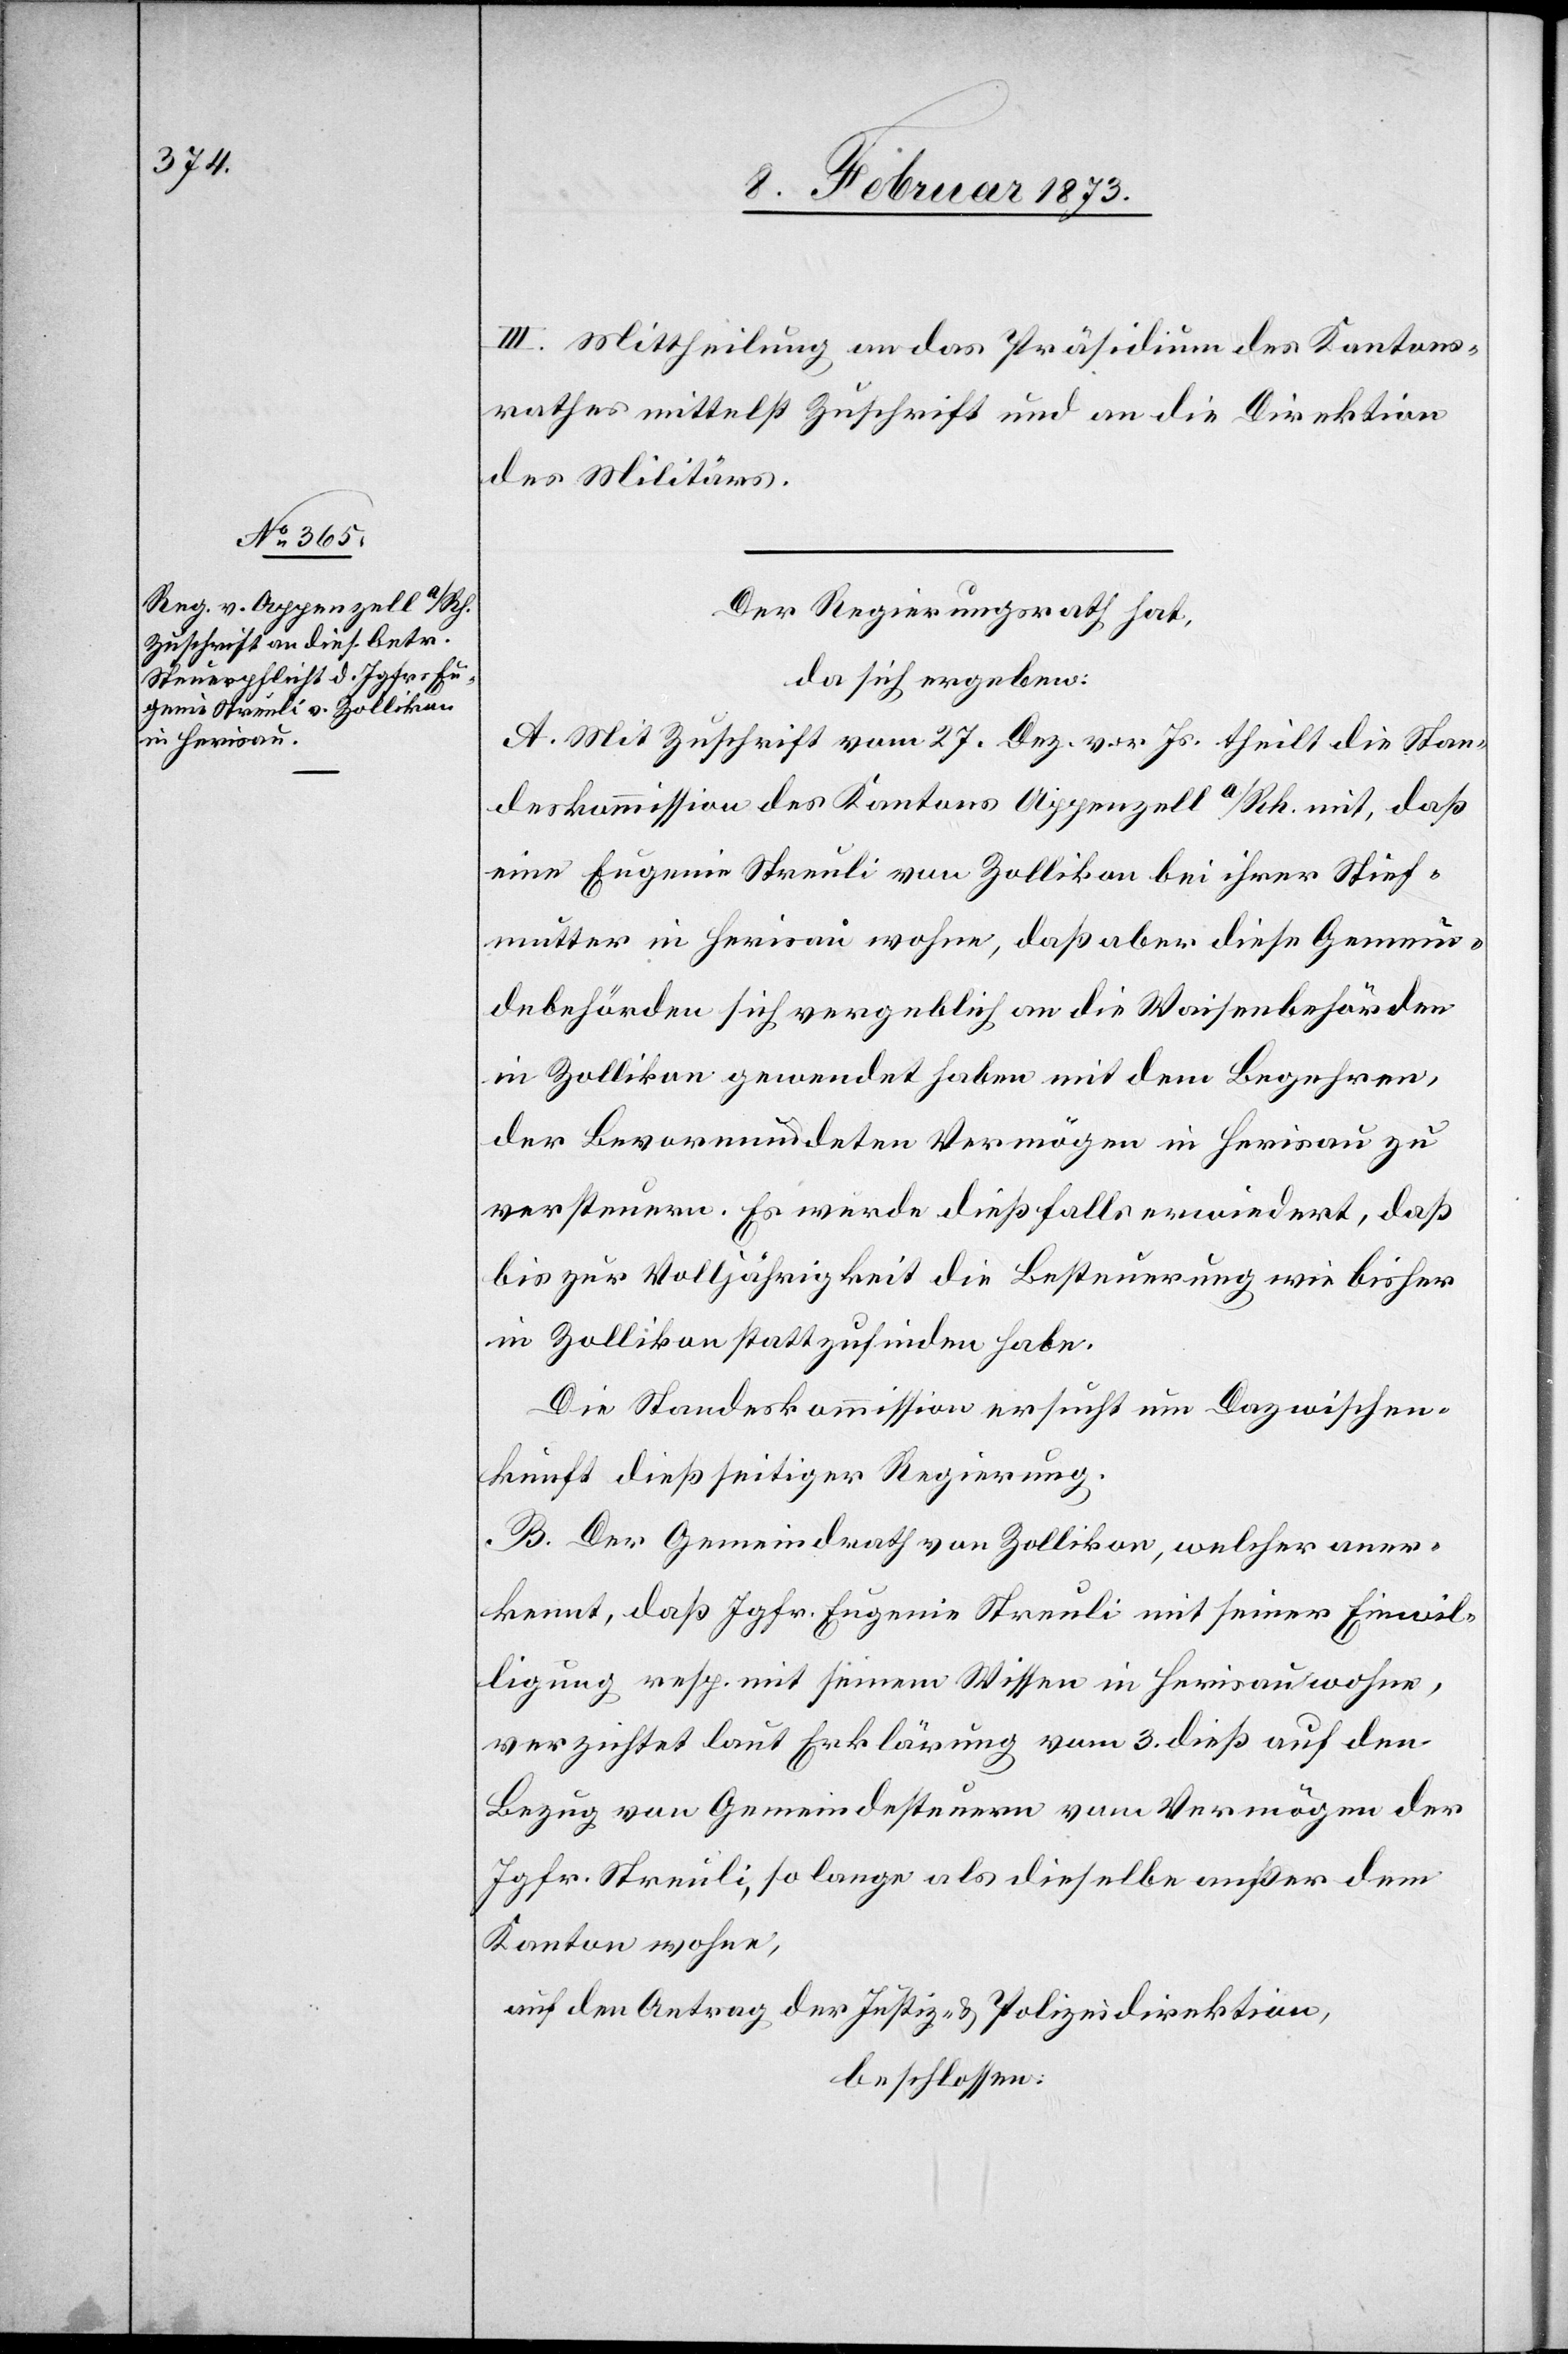
13. Februar 1873.]
III. Mittheilung an das Präsidium des Kantons¬
rathes mittelst Zuschrift und an die Direktion
des Militärs.
Der Regierungsrath hat,
da sich ergeben:
A. Mit Zuschrift vom 27. Dez. vor. Js. theilt die Stan¬
deskommission des Kantons Appenzell a/Rh. mit, daß
eine Eugenie Streuli von Zollikon bei ihrer Stief¬
mutter in Herisau wohne, daß aber diese Gemein¬
debehörden sich vergeblich an die Waisenbehörden
in Zollikon gewandt haben mit dem Begehren,
der Bevormundeten Vermögen in Herisau zu
versteuern. Es werde dießfalls erwiedert, daß
bis zur Volljährigkeit die Besteuerung wie bisher
in Zollikon stattzufinden habe.
Die Standeskommission ersucht um Dazwischen¬
kunft dießseitiger Regierung.
B. Der Gemeindrath von Zollikon, welcher aner¬
kennt, daß Jgfr. Eugenie Streuli mit seiner Einwil¬
ligung resp. mit seinem Wissen in Herisau wohne,
verzichtet laut Erklärung vom 3. dieß auf den
Bezug von Gemeindesteuern vom Vermögen der
Jgfr. Streuli, so lange als dieselbe außer dem
Kanton wohne,
auf den Antrag der Justiz- u. Polizeidirektion,
beschlossen: